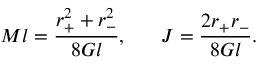
M l = { \frac { r _ { + } ^ { 2 } + r _ { - } ^ { 2 } } { 8 G l } } , \ \ \ \ \ J = { \frac { 2 r _ { + } r _ { - } } { 8 G l } } .